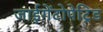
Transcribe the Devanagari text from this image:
जाईगेंटोपेट्रिड